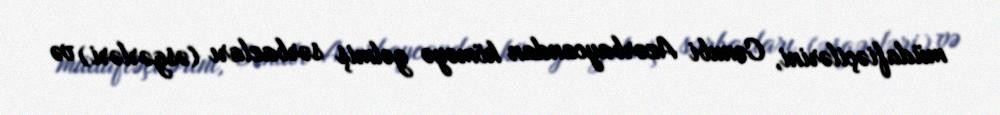
müdafiəçilərini, Cənubi Azərbaycandan köməyə gəlmiş sərbazları (əsgərləri) və